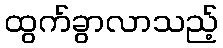
ထွက်ခွာလာသည့်